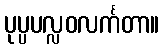
ပုပ္ပပလ္လဝလင်္ကတာ။